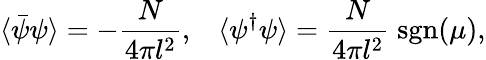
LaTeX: \langle\bar{\psi}\psi\rangle=-\frac{N}{4\pi l^{2}},\; \; \; \langle\psi^{\dagger}\psi\rangle=\frac{N}{4\pi l^{2}}\; \mathrm{sgn}(\mu),